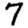
Digit: 7